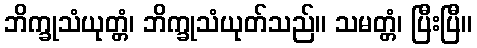
ဘိက္ခုသံယုတ္တံ၊ ဘိက္ခုသံယုတ်သည်။ သမတ္တံ၊ ပြီးပြီ။